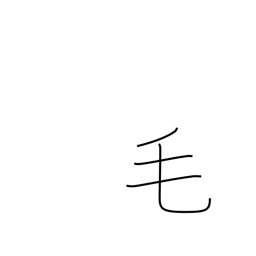
Meaning: fur